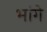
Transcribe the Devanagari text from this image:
भांगे